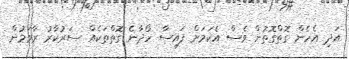
އަދި އެހެން ގޮތްގޮތުން ވެސް އެކަމަށް ފައިސާ ހޯދާނެ ގޮތްތަކެއް ސަރުކާރު ރާވަމުން